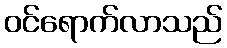
ဝင်ရောက်လာသည်